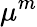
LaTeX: \mu^{m}